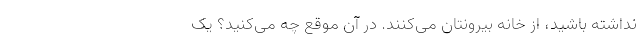
نداشته باشید، از خانه بیرونتان می‌کنند. در آن موقع چه می‌کنید؟ یک